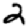
Digit: 2